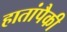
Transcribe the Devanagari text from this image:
हातांपैकी